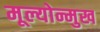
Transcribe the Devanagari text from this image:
मूल्योन्मुख